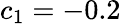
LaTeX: c_{1}=-0.2